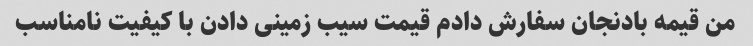
من قیمه بادنجان سفارش دادم قیمت سیب زمینی دادن با کیفیت نامناسب